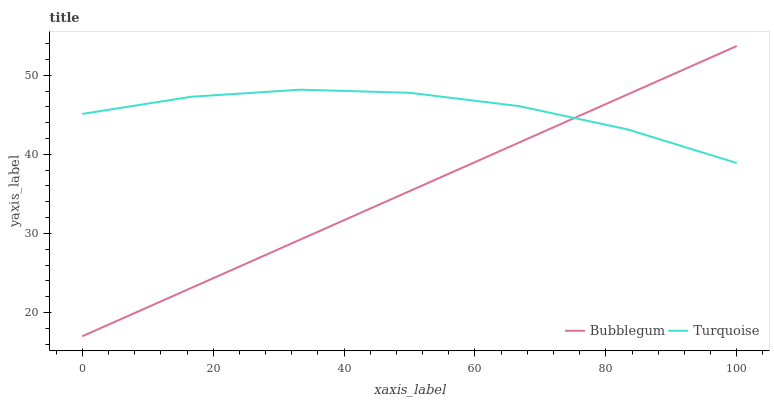
| xaxis_label | Bubblegum | Turquoise |
 | --- | --- | --- |
 | 0 | 17 | 45.1 |
 | 16.7 | 23.1 | 47.3 |
 | 33.3 | 29.2 | 48.2 |
 | 50 | 35.3 | 47.8 |
 | 66.7 | 41.5 | 46.1 |
 | 83.3 | 47.6 | 43.1 |
 | 100 | 53.7 | 38.9 |